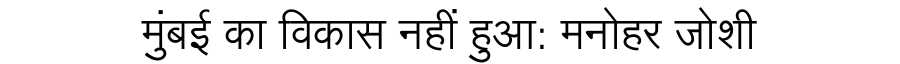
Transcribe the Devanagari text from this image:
मुंबई का विकास नहीं हुआ: मनोहर जोशी